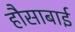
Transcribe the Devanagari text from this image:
हौसाबाई